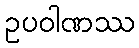
ဥပဝါဏဿ